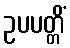
ဥပပတ္တိံ